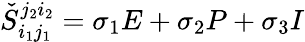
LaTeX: \check{S}_{i_{1}j_{1}}^{j_{2}i_{2}}=\sigma_{1}E+\sigma_{2}P+\sigma_{3}I